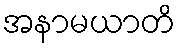
အနာမယာတိ